画像に写った文字を読んでください
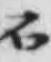
「石」と書いてあります